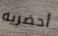
أحضريه